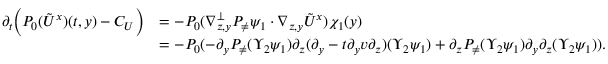
\begin{array} { r l } { \partial _ { t } \Big ( P _ { 0 } ( \tilde { U } ^ { x } ) ( t , y ) - C _ { U } \Big ) } & { = - P _ { 0 } ( \nabla _ { z , y } ^ { \bot } P _ { \neq } \psi _ { 1 } \cdot \nabla _ { z , y } \tilde { U } ^ { x } ) \chi _ { 1 } ( y ) } \\ & { = - P _ { 0 } ( - \partial _ { y } P _ { \neq } ( \Upsilon _ { 2 } \psi _ { 1 } ) \partial _ { z } ( \partial _ { y } - t \partial _ { y } v \partial _ { z } ) ( \Upsilon _ { 2 } \psi _ { 1 } ) + \partial _ { z } P _ { \neq } ( \Upsilon _ { 2 } \psi _ { 1 } ) \partial _ { y } \partial _ { z } ( \Upsilon _ { 2 } \psi _ { 1 } ) ) . } \end{array}